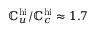
\mathbb { C } _ { u } ^ { \mathrm { { h i } } } / \mathbb { C } _ { c } ^ { \mathrm { { h i } } } \approx 1 . 7